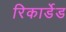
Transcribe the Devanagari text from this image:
रिकार्डेड